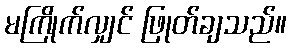
မကြိုက်လျှင် ဖြုတ်ချသည်။